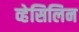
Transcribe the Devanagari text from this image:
व्हेसिलिन